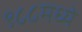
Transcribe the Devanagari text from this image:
९८८मध्ये